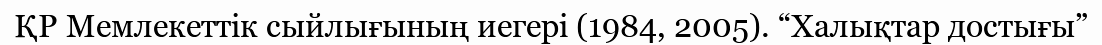
ҚР Мемлекеттік сыйлығының иегері (1984, 2005). “Халықтар достығы”